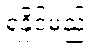
ရနိုင်မည့်